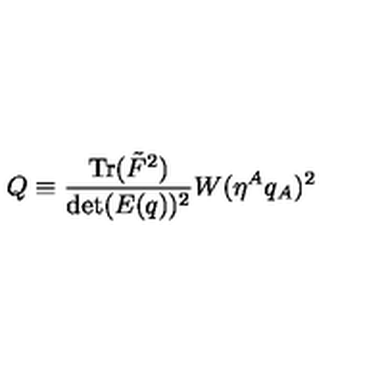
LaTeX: Q \equiv \frac { \mathrm { T r } ( { \tilde { F } } ^ { 2 } ) } { \mathrm { d e t } ( E ( q ) ) ^ { 2 } } W ( \eta ^ { A } q _ { A } ) ^ { 2 } \ \